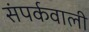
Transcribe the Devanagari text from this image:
संपर्कवाली